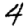
Digit: 4